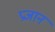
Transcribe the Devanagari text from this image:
प्रजान